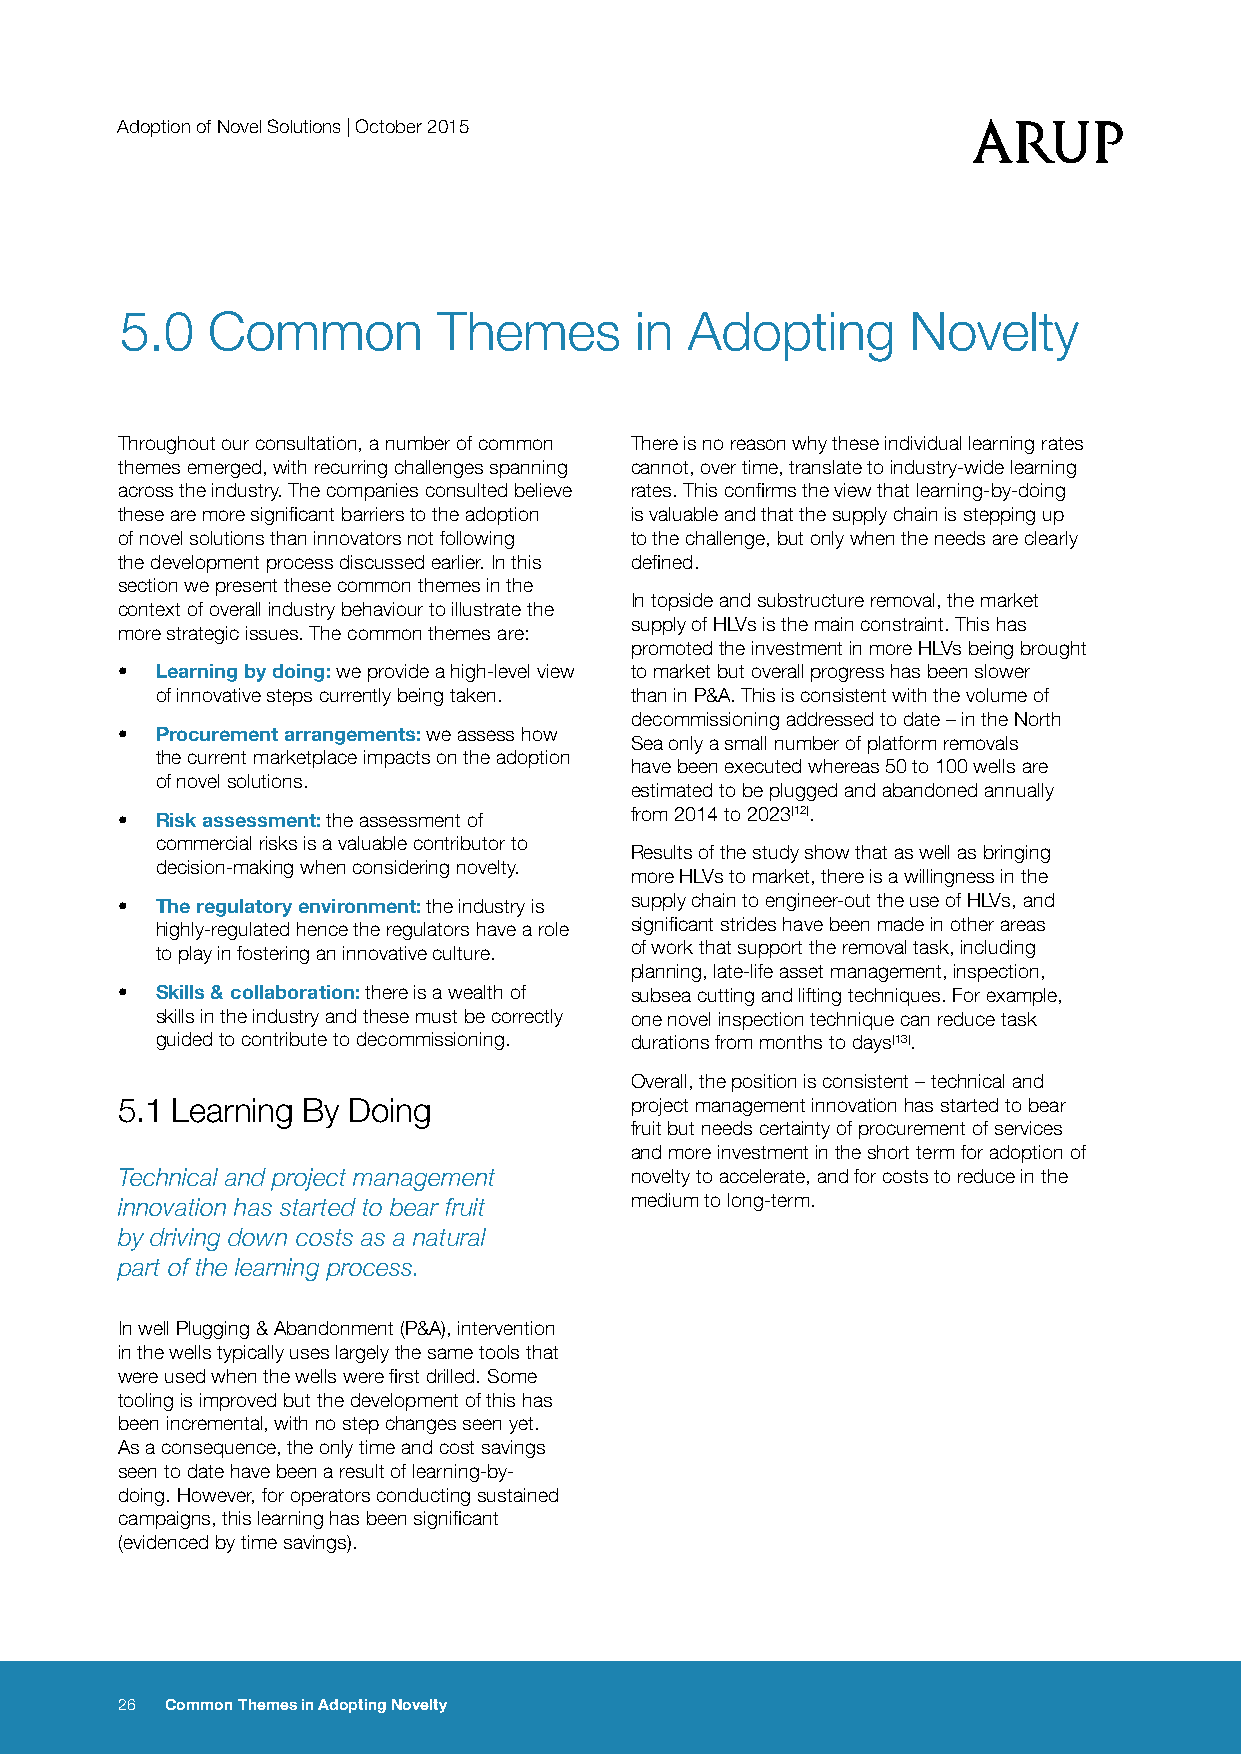
Adoption of Novel Solutions | October 2015
 5.0   Common         Themes       in Adopting       Novelty
 Throughout our consultation, a number of common There is no reason why these individual learning rates
 themes emerged, with recurring challenges spanning cannot, over time, translate to industry-wide learning
 across the industry. The companies consulted believe rates. This confirms the view that learning-by-doing
 these are more significant barriers to the adoption is valuable and that the supply chain is stepping up
 of novel solutions than innovators not following to the challenge, but only when the needs are clearly
 the development process discussed earlier. In this defined.
 section we present these common themes in the
 In topside and substructure removal, the market
 context of overall industry behaviour to illustrate the
 supply of HLVs is the main constraint. This has
 more strategic issues. The common themes are:
 promoted the investment in more HLVs being brought
 • Learning by doing: we provide a high-level view to market but overall progress has been slower
 of innovative steps currently being taken. than in P&A. This is consistent with the volume of
 decommissioning addressed to date – in the North
 • Procurement arrangements: we assess how
 Sea only a small number of platform removals
 the current marketplace impacts on the adoption
 have been executed whereas 50 to 100 wells are
 of novel solutions.
 estimated to be plugged and abandoned annually
 • Risk assessment: the assessment of from 2014 to 2023[12].
 commercial risks is a valuable contributor to
 Results of the study show that as well as bringing
 decision-making when considering novelty.
 more HLVs to market, there is a willingness in the
 • The regulatory environment: the industry is supply chain to engineer-out the use of HLVs, and
 highly-regulated hence the regulators have a role significant strides have been made in other areas
 to play in fostering an innovative culture. of work that support the removal task, including
 planning, late-life asset management, inspection,
 • Skills & collaboration: there is a wealth of subsea cutting and lifting techniques. For example,
 skills in the industry and these must be correctly one novel inspection technique can reduce task
 guided to contribute to decommissioning. durations from months to days[13].
 Overall, the position is consistent – technical and
 5.1 Learning By Doing             project management innovation has started to bear
 fruit but needs certainty of procurement of services
 and more investment in the short term for adoption of
 Technical and project management  novelty to accelerate, and for costs to reduce in the
 innovation has started to bear fruit medium to long-term.
 by driving down costs as a natural
 part of the learning process.
 In well Plugging & Abandonment (P&A), intervention
 in the wells typically uses largely the same tools that
 were used when the wells were first drilled. Some
 tooling is improved but the development of this has
 been incremental, with no step changes seen yet.
 As a consequence, the only time and cost savings
 seen to date have been a result of learning-by-
 doing. However, for operators conducting sustained
 campaigns, this learning has been significant
 (evidenced by time savings).
 26 Common Themes in Adopting Novelty